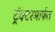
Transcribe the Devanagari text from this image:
ट्रॅक्टरमार्फत